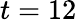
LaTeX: t=12